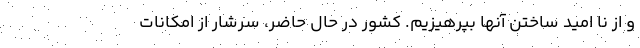
و از نا امید ساختن آنها بپرهیزیم. کشور در حال حاضر، سرشار از امکانات